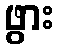
ဖွား